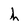
Character: h